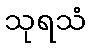
သုရသံ